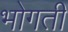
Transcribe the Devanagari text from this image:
भोगती